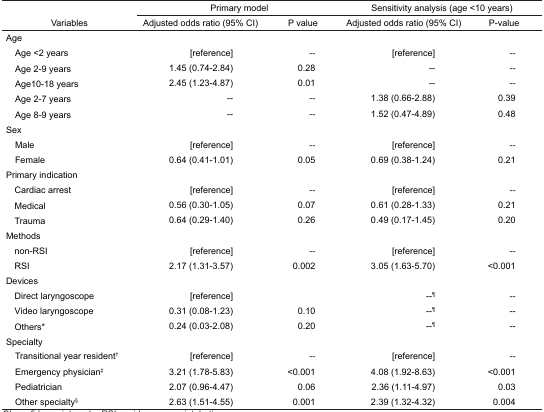
<table><thead><tr><td></td><td colspan="2"><b>Primary model</b></td><td colspan="2"><b>Sensitivity analysis (age &lt;10 years)</b></td></tr><tr><td><b>Variables</b></td><td><b>Adjusted odds ratio (95% CI)</b></td><td><b>P value</b></td><td><b>Adjusted odds ratio (95% CI)</b></td><td><b>P-value</b></td></tr></thead><tbody><tr><td colspan="5">Age</td></tr><tr><td> Age &lt;2 years</td><td>[reference]</td><td>--</td><td>[reference]</td><td>--</td></tr><tr><td> Age 2–9 years</td><td>1.45 (0.74–2.84)</td><td>0.28</td><td>--</td><td>--</td></tr><tr><td> Age10–18 years</td><td>2.45 (1.23–4.87)</td><td>0.01</td><td>--</td><td>--</td></tr><tr><td> Age 2–7 years</td><td>--</td><td>--</td><td>1.38 (0.66–2.88)</td><td>0.39</td></tr><tr><td> Age 8–9 years</td><td>--</td><td>--</td><td>1.52 (0.47–4.89)</td><td>0.48</td></tr><tr><td colspan="5">Sex</td></tr><tr><td> Male</td><td>[reference]</td><td>--</td><td>[reference]</td><td>--</td></tr><tr><td> Female</td><td>0.64 (0.41–1.01)</td><td>0.05</td><td>0.69 (0.38–1.24)</td><td>0.21</td></tr><tr><td colspan="5">Primary indication</td></tr><tr><td> Cardiac arrest</td><td>[reference]</td><td>--</td><td>[reference]</td><td>--</td></tr><tr><td> Medical</td><td>0.56 (0.30–1.05)</td><td>0.07</td><td>0.61 (0.28–1.33)</td><td>0.21</td></tr><tr><td> Trauma</td><td>0.64 (0.29–1.40)</td><td>0.26</td><td>0.49 (0.17–1.45)</td><td>0.20</td></tr><tr><td colspan="5">Methods</td></tr><tr><td> non-RSI</td><td>[reference]</td><td>--</td><td>[reference]</td><td>--</td></tr><tr><td> RSI</td><td>2.17 (1.31–3.57)</td><td>0.002</td><td>3.05 (1.63–5.70)</td><td>&lt;0.001</td></tr><tr><td colspan="5">Devices</td></tr><tr><td> Direct laryngoscope</td><td>[reference]</td><td></td><td>--¶</td><td>--</td></tr><tr><td> Video laryngoscope</td><td>0.31 (0.08–1.23)</td><td>0.10</td><td>--¶</td><td>--</td></tr><tr><td> Others*</td><td>0.24 (0.03–2.08)</td><td>0.20</td><td>--¶</td><td>--</td></tr><tr><td colspan="5">Specialty</td></tr><tr><td> Transitional year resident†</td><td>[reference]</td><td>--</td><td>[reference]</td><td>--</td></tr><tr><td> Emergency physician‡</td><td>3.21 (1.78–5.83)</td><td>&lt;0.001</td><td>4.08 (1.92–8.63)</td><td>&lt;0.001</td></tr><tr><td> Pediatrician</td><td>2.07 (0.96–4.47)</td><td>0.06</td><td>2.36 (1.11–4.97)</td><td>0.03</td></tr><tr><td> Other specialty§</td><td>2.63 (1.51–4.55)</td><td>0.001</td><td>2.39 (1.32–4.32)</td><td>0.004</td></tr></tbody></table>